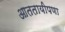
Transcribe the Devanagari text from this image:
आततायीपणा